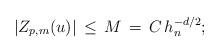
LaTeX: \begin{align*}|Z_{p,m}(u)| \, \leq \, M \, = \, C \, h_{n}^{-d/2};\end{align*}